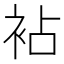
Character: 袩